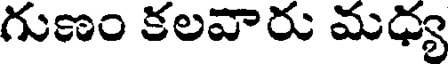
గుణం కలవారు మధ్య